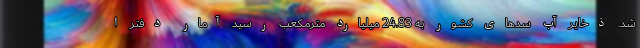
شد. ذخایر آب سدهای کشور به 24.83 میلیارد مترمکعب رسید آمار دفتر ا